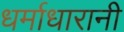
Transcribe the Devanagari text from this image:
धर्माधारानी